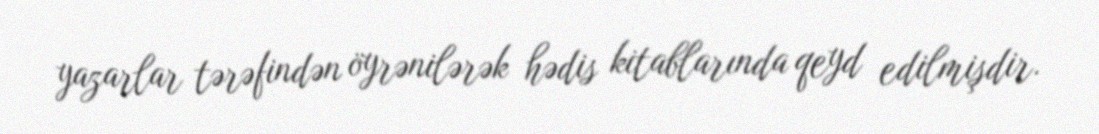
yazarlar tərəfindən öyrənilərək hədis kitablarında qeyd edilmişdir.